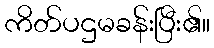
ကိတ်ပဌမခန်းပြီး၏။